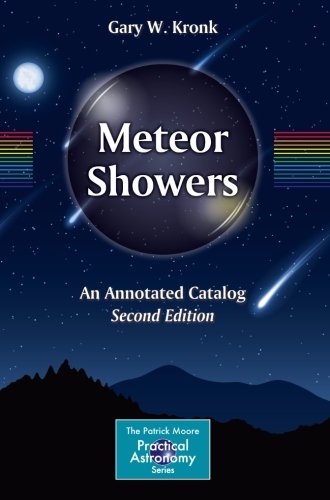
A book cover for Meteor Showers: An Annotated Catalog (The Patrick Moore Practical Astronomy Series); Gary W. Kronk; Science & Math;